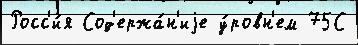
Росс'и́я Сод'ержа́н'иjе у́ровн'ем 75С